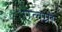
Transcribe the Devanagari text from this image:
एलग्रो